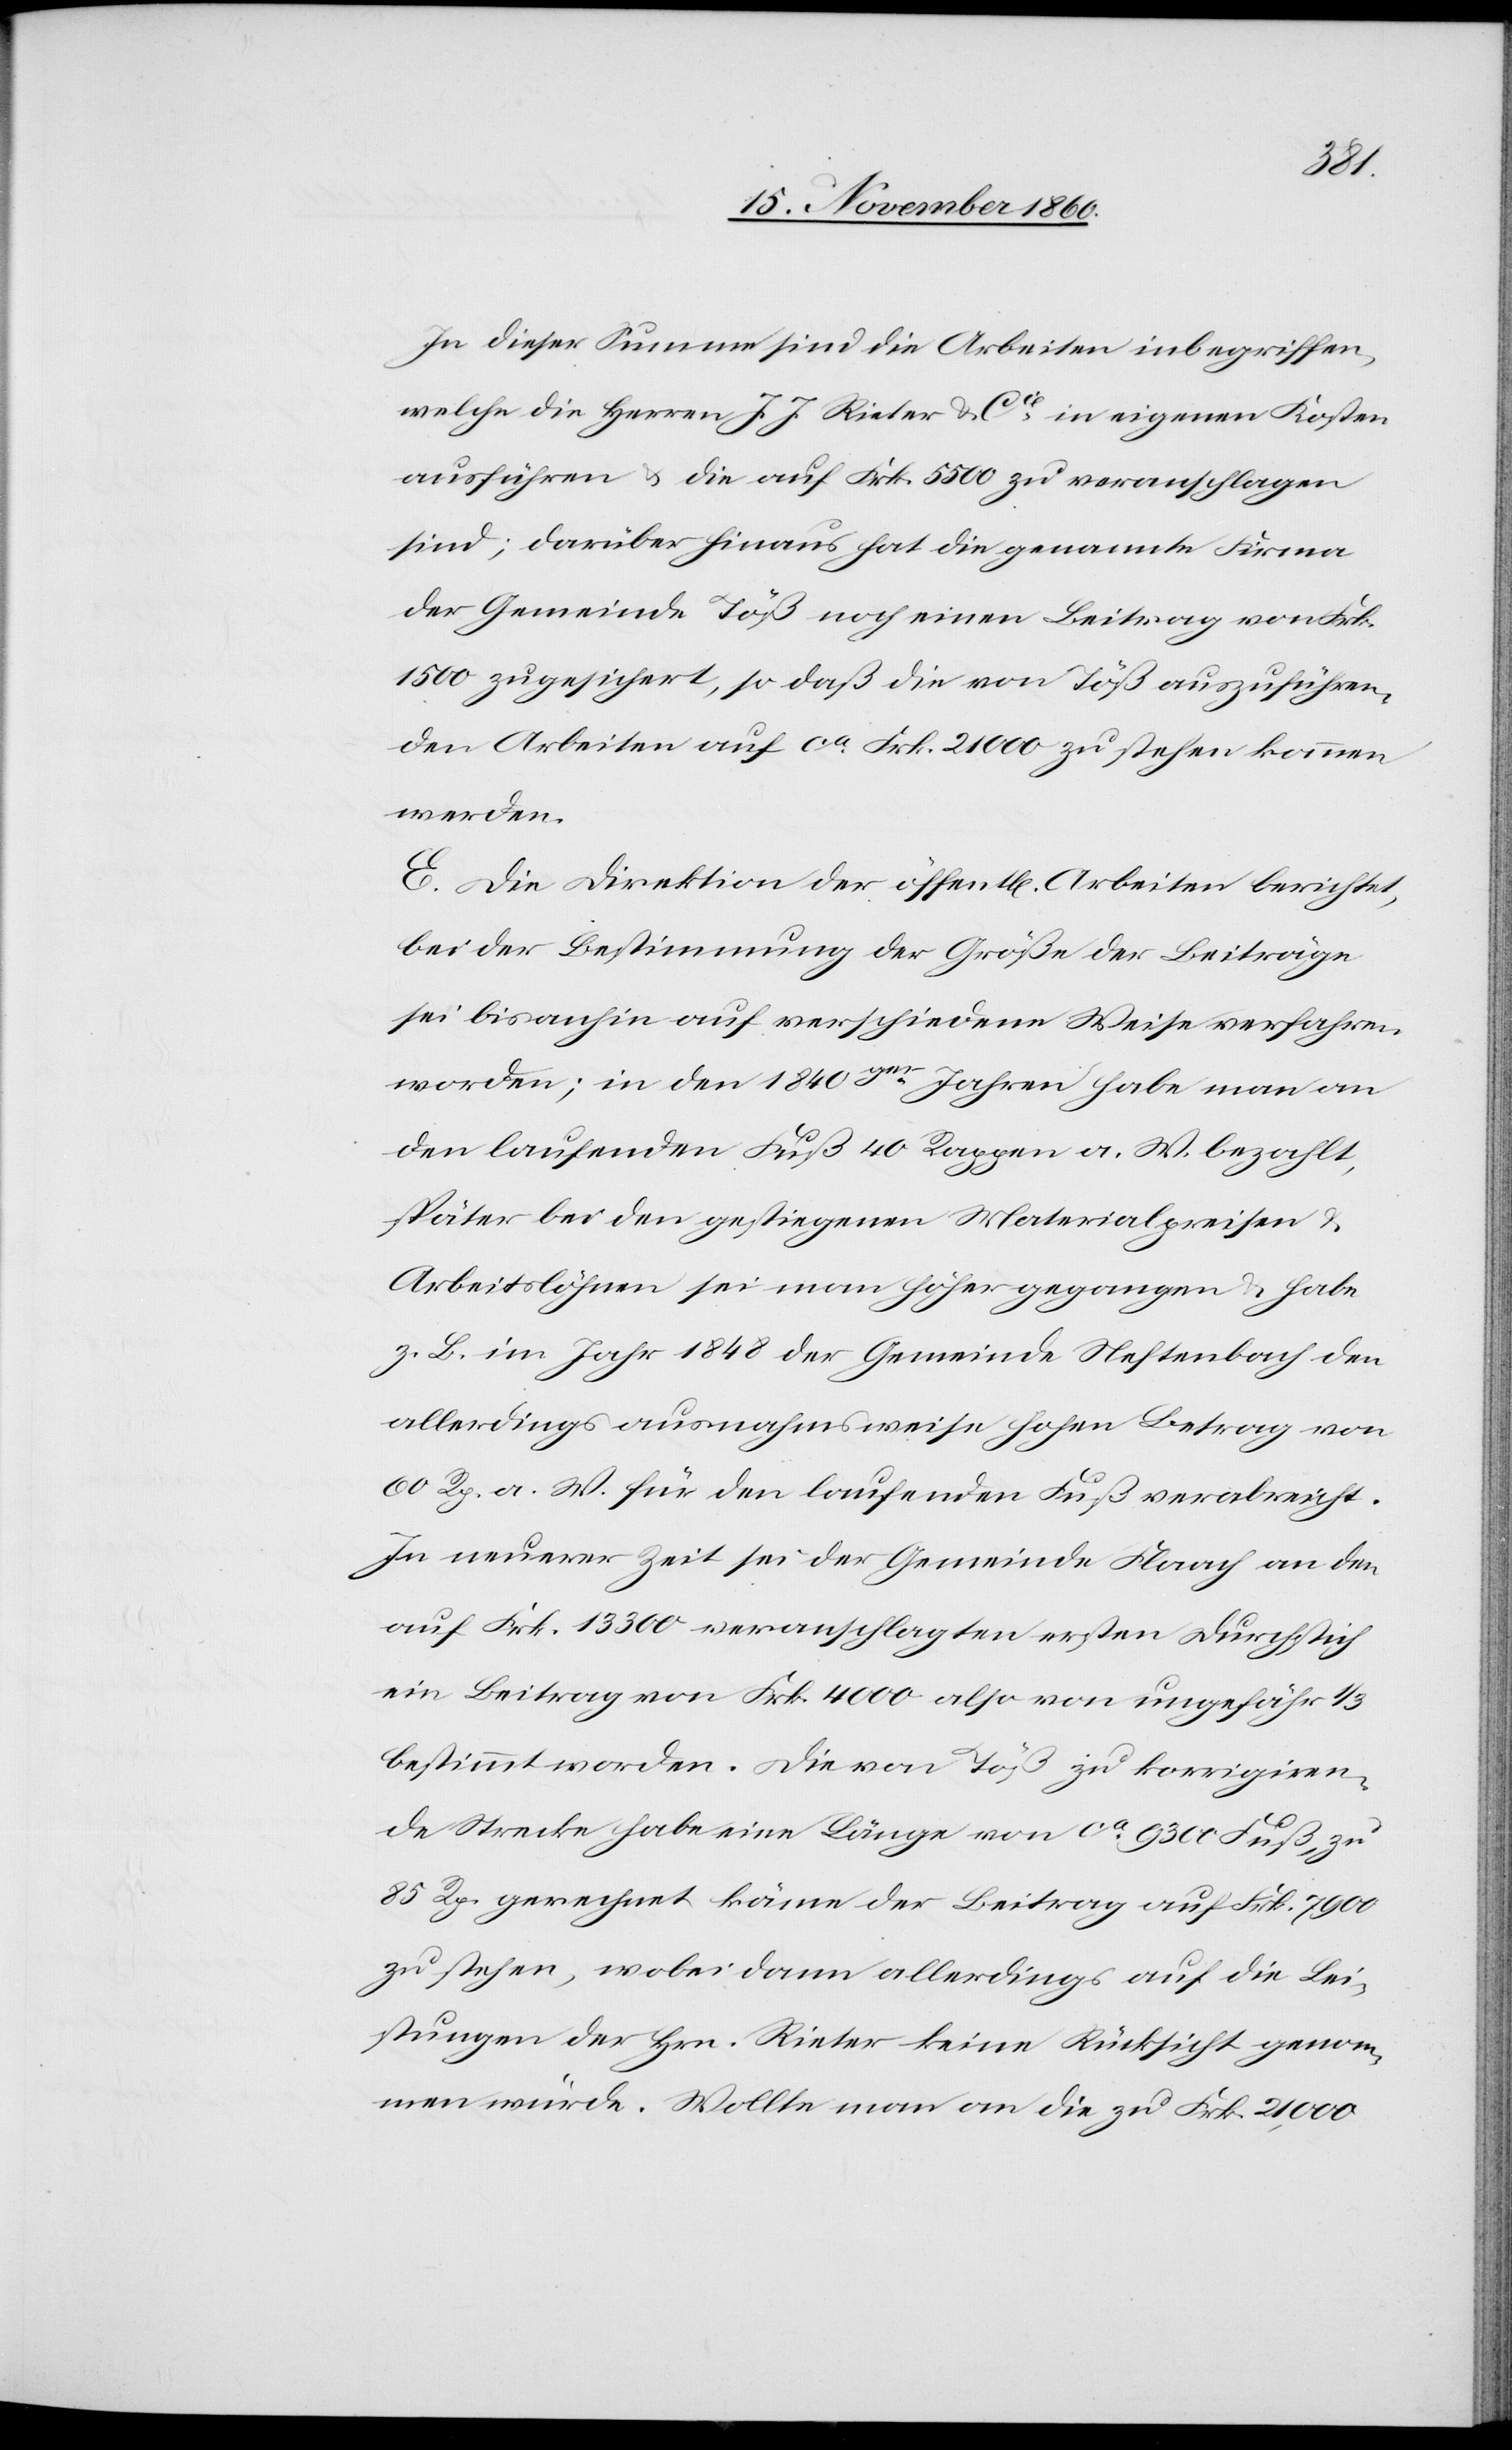
In dieser Summe sind die Arbeiten inbegriffen,
welche die Herren J. J. Rieter & Cie in eigenen Kosten
ausführen u. die auf Frk. 5500 zu veranschlagen
sind; darüber hinaus hat die genannte Firma
der Gemeinde Töß noch einen Beitrag von Frk.
1500 zugesichert, so daß die von Töß auszuführen¬
den Arbeiten auf ca Frk. 21 000 zu stehen kommen
werden.
E. Die Direktion der öffent[lichen] Arbeiten berichtet,
bei der Bestimmung der Größe der Beiträge
sei bisanhin auf verschiedene Weise verfahren
worden; in den 1840ger Jahren habe man an
den laufenden Fuß 40 Rappen a. W. bezahlt,
später bei den gestiegenen Materialpreisen u.
Arbeitslöhnen sei man höher gegangen u. habe
z. B. im Jahr 1848 der Gemeinde Neftenbach den
allerdings ausnahmsweise hohen Betrag von
60 Rp. a. W. für den laufenden Fuß verabreicht.
In neuerer Zeit sei der Gemeinde Flaach an den
auf Frk. 13 300 veranschlagten ersten Durchstich
ein Beitrag von Frk. 4000 also von ungefähr 1/3
bestimmt worden. Die von Töß zu korrigiren¬
de Strecke habe eine Länge von ca 9300 Fuß, zu
85 Rp. gerechnet käme der Beitrag auf Frk. 7900
zu stehen, wobei dann allerdings auf die Lei¬
stungen der Hrn. Rieter keine Rücksicht genom¬
men würde. Wollte man an die zu Frk. 21,000